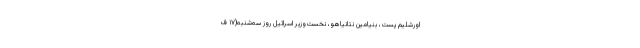
اورشلیم پست، بنیامین نتانیاهو، نخست‌وزیر اسرائیل روز سه‌شنبه(۱۷ ف